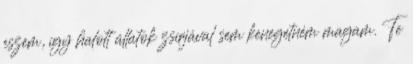
eszem, így halott állatok zsírjával sem kenegetném magam. Te